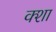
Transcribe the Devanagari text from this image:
क्शा